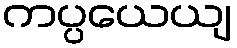
ကပ္ပယေယျ